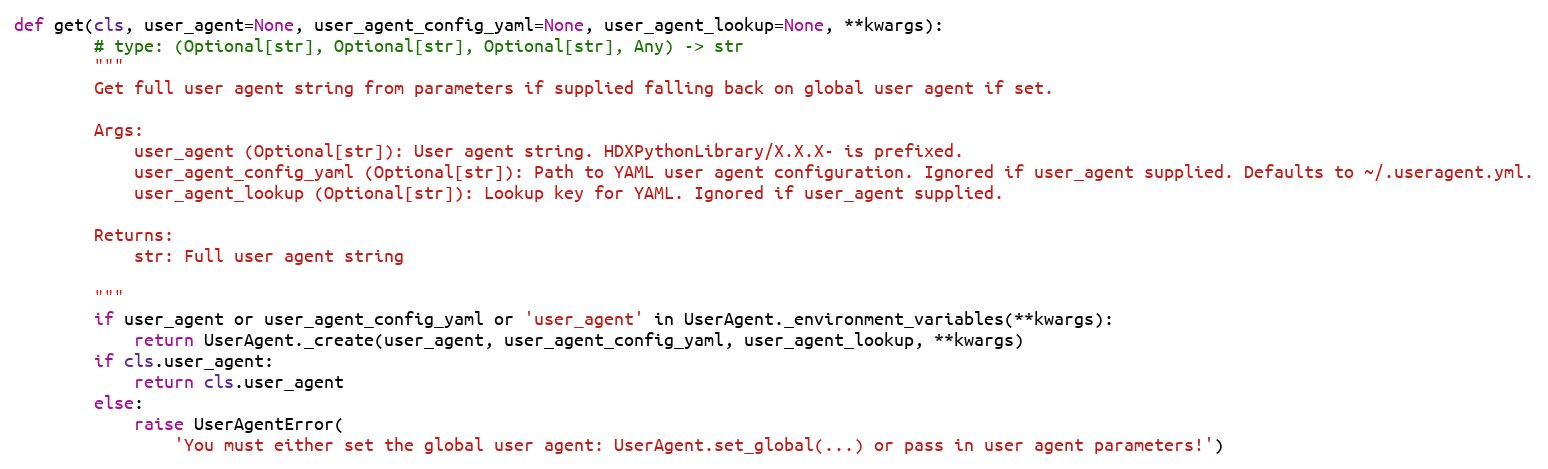
Language: Python
def get(cls, user_agent=None, user_agent_config_yaml=None, user_agent_lookup=None, **kwargs):
        # type: (Optional[str], Optional[str], Optional[str], Any) -> str
        """
        Get full user agent string from parameters if supplied falling back on global user agent if set.

        Args:
            user_agent (Optional[str]): User agent string. HDXPythonLibrary/X.X.X- is prefixed.
            user_agent_config_yaml (Optional[str]): Path to YAML user agent configuration. Ignored if user_agent supplied. Defaults to ~/.useragent.yml.
            user_agent_lookup (Optional[str]): Lookup key for YAML. Ignored if user_agent supplied.

        Returns:
            str: Full user agent string

        """
        if user_agent or user_agent_config_yaml or 'user_agent' in UserAgent._environment_variables(**kwargs):
            return UserAgent._create(user_agent, user_agent_config_yaml, user_agent_lookup, **kwargs)
        if cls.user_agent:
            return cls.user_agent
        else:
            raise UserAgentError(
                'You must either set the global user agent: UserAgent.set_global(...) or pass in user agent parameters!')